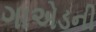
ગાએડની